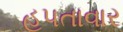
હપતાવાર